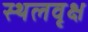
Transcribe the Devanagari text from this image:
स्थलवृक्ष